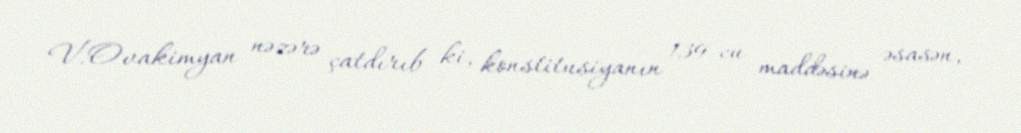
V.Ovakimyan nəzərə çatdırıb ki, konstitusiyanın 139-cu maddəsinə əsasən,